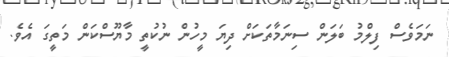
ނަމަވެސް ފިލްމު ބަލަން ސިނަމާތަކަށް ދިޔަ މީހުން ނުކުތީ މާޔޫސްކަން މަތީގަ އެވެ.